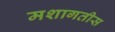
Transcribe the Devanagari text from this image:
मशागतीस